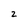
Character: 2